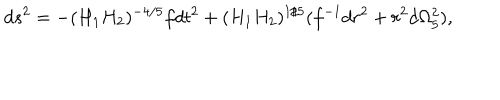
d s ^ { 2 } = - ( H _ { 1 } H _ { 2 } ) ^ { - 4 / 5 } f d t ^ { 2 } + ( H _ { 1 } H _ { 2 } ) ^ { 1 / 5 } ( f ^ { - 1 } d r ^ { 2 } + r ^ { 2 } d \Omega _ { 5 } ^ { 2 } ) ,